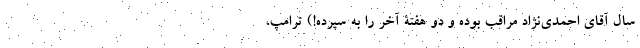
سال آقای احمدی‌نژاد مراقب بوده و دو هفتۀ آخر را به سپرده!) ترامپ،